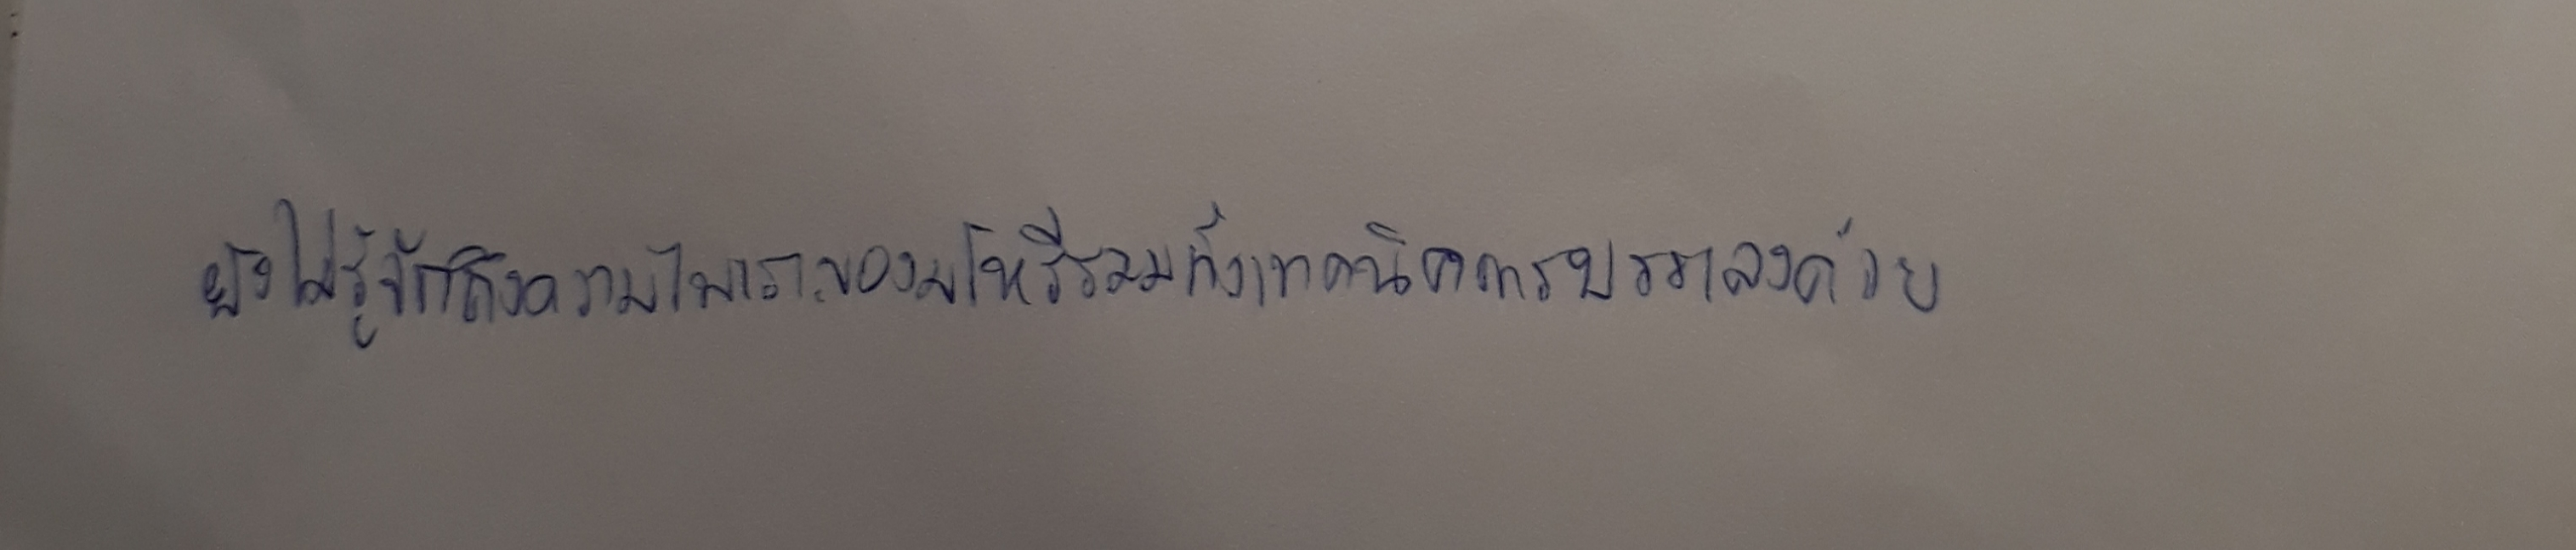
ยังไม่รู้จักถึงความไพเราะของมโหรีรวมทั้งเทคนิคการบรรเลงด้วย